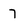
Character: 7